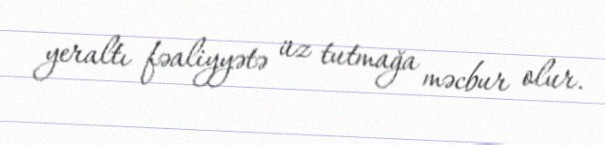
yeraltı fəaliyyətə üz tutmağa məcbur olur.